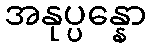
အနုပ္ပန္နော